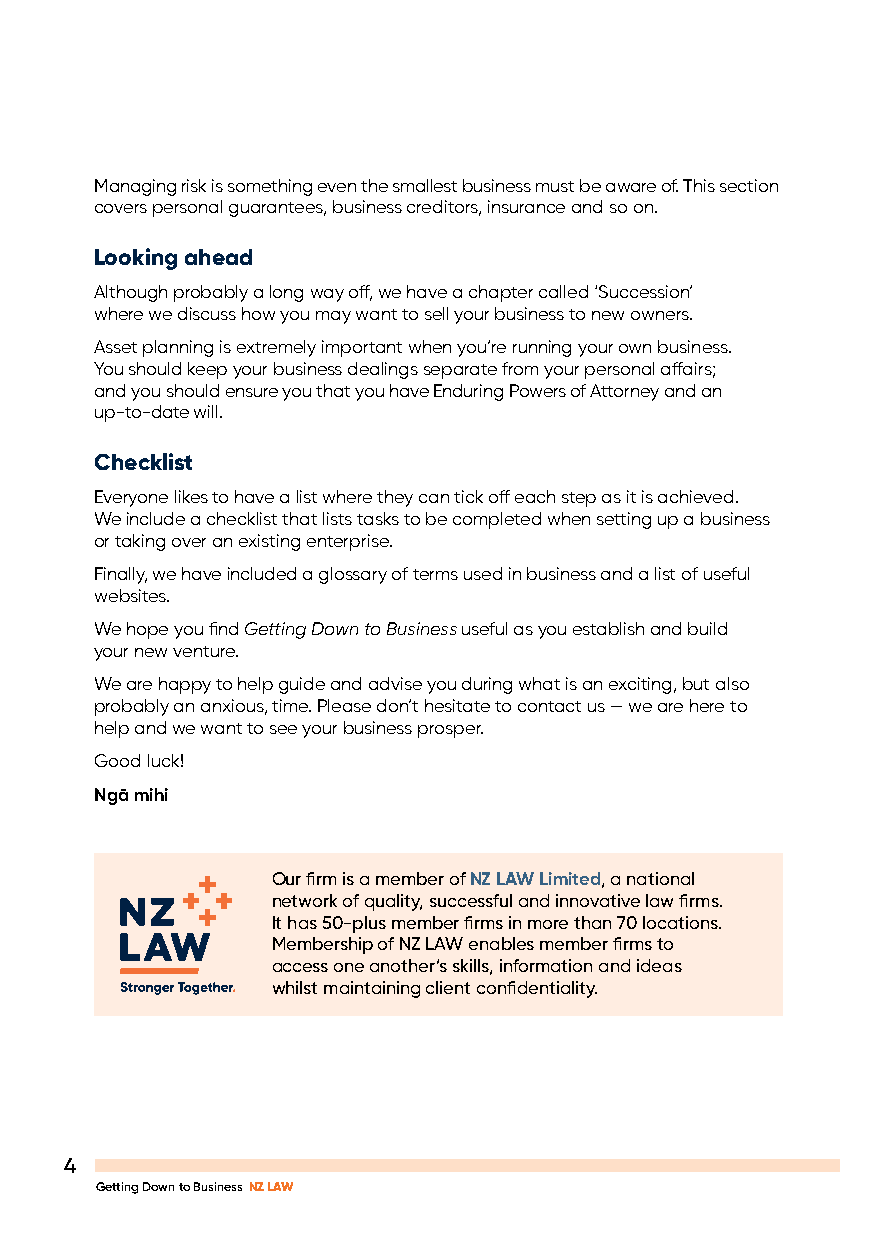
Managing risk is something even the smallest business must be aware of. This section
 covers personal guarantees, business creditors, insurance and so on.
 Looking ahead
 Although probably a long way off, we have a chapter called ‘Succession’
 where we discuss how you may want to sell your business to new owners.
 Asset planning is extremely important when you’re running your own business.
 You should keep your business dealings separate from your personal affairs;
 and you should ensure you that you have Enduring Powers of Attorney and an
 up-to-date will.
 Checklist
 Everyone likes to have a list where they can tick off each step as it is achieved.
 We include a checklist that lists tasks to be completed when setting up a business
 or taking over an existing enterprise.
 Finally, we have included a glossary of terms used in business and a list of useful
 websites.
 We hope you find Getting Down to Business useful as you establish and build
 your new venture.
 We are happy to help guide and advise you during what is an exciting, but also
 probably an anxious, time. Please don’t hesitate to contact us — we are here to
 help and we want to see your business prosper.
 Good luck!
 Ngā mihi
 Our firm is a member of NZ LAW Limited, a national
 network of quality, successful and innovative law firms.
 It has 50-plus member firms in more than 70 locations.
 Membership of NZ LAW enables member firms to
 access one another’s skills, information and ideas
 whilst maintaining client confidentiality.
 4
 Getting Down to Business NZ LAW